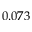
0 . 0 7 3